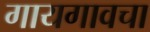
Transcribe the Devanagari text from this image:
गायगावचा